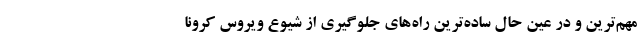
مهم‌ترین و در عین حال ساده‌ترین راه‌های جلوگیری از شیوع ویروس کرونا